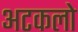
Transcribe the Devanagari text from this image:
अटकलो